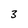
Character: 3